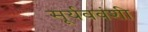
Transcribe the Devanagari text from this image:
सूर्यववंशी